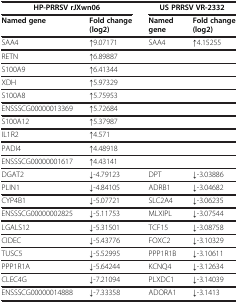
<table><thead><tr><td><b>HP-PRRSV rJXwn06</b></td><td><b> </b></td><td><b>US PRRSV VR-2332</b></td><td><b> </b></td></tr><tr><td><b>Named gene</b></td><td><b>Fold change (log2)</b></td><td><b>Named gene</b></td><td><b>Fold change (log2)</b></td></tr></thead><tbody><tr><td>SAA4</td><td>↑9.07171</td><td>SAA4</td><td>↑4.15255</td></tr><tr><td>RETN</td><td>↑6.89887</td><td> </td><td> </td></tr><tr><td>S100A9</td><td>↑6.41344</td><td> </td><td> </td></tr><tr><td>XDH</td><td>↑5.97329</td><td> </td><td> </td></tr><tr><td>S100A8</td><td>↑5.75953</td><td> </td><td> </td></tr><tr><td>ENSSSCG00000013369</td><td>↑5.72684</td><td> </td><td> </td></tr><tr><td>S100A12</td><td>↑5.37987</td><td> </td><td> </td></tr><tr><td>IL1R2</td><td>↑4.571</td><td> </td><td> </td></tr><tr><td>PADI4</td><td>↑4.48918</td><td> </td><td> </td></tr><tr><td>ENSSSCG00000001617</td><td>↑4.43141</td><td> </td><td> </td></tr><tr><td>DGAT2</td><td>↓-4.79123</td><td>DPT</td><td>↓-3.03886</td></tr><tr><td>PLIN1</td><td>↓-4.84105</td><td>ADRB1</td><td>↓-3.04682</td></tr><tr><td>CYP4B1</td><td>↓-5.07721</td><td>SLC2A4</td><td>↓-3.06235</td></tr><tr><td>ENSSSCG00000002825</td><td>↓-5.11753</td><td>MLXIPL</td><td>↓-3.07544</td></tr><tr><td>LGALS12</td><td>↓-5.31501</td><td>TCF15</td><td>↓-3.08758</td></tr><tr><td>CIDEC</td><td>↓-5.43776</td><td>FOXC2</td><td>↓-3.10329</td></tr><tr><td>TUSC5</td><td>↓-5.52995</td><td>PPP1R1B</td><td>↓-3.10611</td></tr><tr><td>PPP1R1A</td><td>↓-5.64244</td><td>KCNQ4</td><td>↓-3.12634</td></tr><tr><td>CLEC4G</td><td>↓-7.21094</td><td>PLXDC1</td><td>↓-3.14039</td></tr><tr><td>ENSSSCG00000014888</td><td>↓-7.33358</td><td>ADORA1</td><td>↓-3.1413</td></tr></tbody></table>